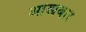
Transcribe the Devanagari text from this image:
आखबार